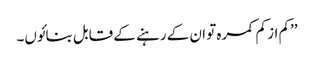
’’کم از کم کمرہ تو ان کے رہنے کے قابل بنائوں۔